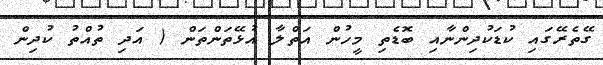
ގޭތެރޭގައި ކުޑަކުދިންނާއި ބޮޑެތި މީހުން އަތްލާ އުޅޭތަންތަން ( އަދި ތުއްތު ކުދިން